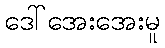
ဒေါ်အေးအေးမူ